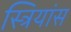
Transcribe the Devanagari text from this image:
स्त्रियांस